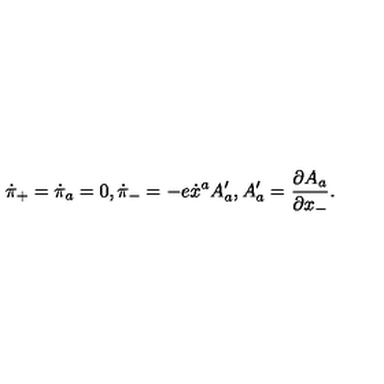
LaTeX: \dot { \pi } _ { + } = \dot { \pi } _ { a } = 0 , \dot { \pi } _ { - } = - e \dot { x } ^ { a } A _ { a } ^ { \prime } , A _ { a } ^ { \prime } = \frac { \partial A _ { a } } { \partial x _ { - } } .